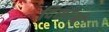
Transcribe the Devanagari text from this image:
दिशाआें